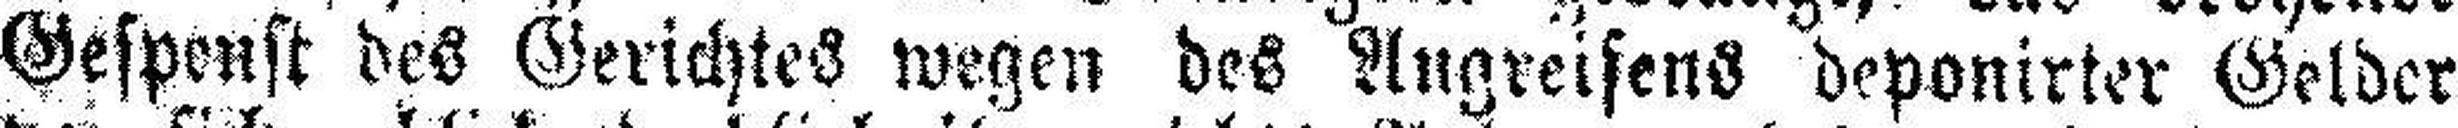
Gespenst des Gerichtes wegen des Angreifens deponirter Gelder